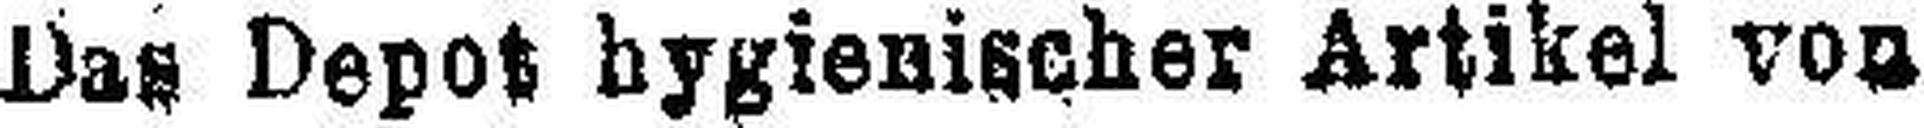
Das Depot hygienischer Artikel von